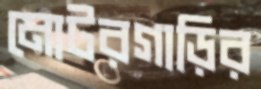
মোটরগাড়ির